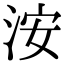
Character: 洝